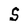
Character: S